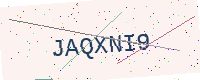
Text: JAQXNI9